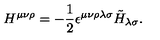
H ^ { \mu \nu \rho } = - { \frac { 1 } { 2 } } \epsilon ^ { \mu \nu \rho \lambda \sigma } \tilde { H } _ { \lambda \sigma } .